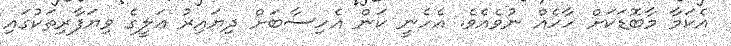
އެކަމާ މާބޮޑަކަށް ހާހެއް ނުވެއެވެ. އެހެނީ ކަން އެހިސާބަށް ދިޔައިރު ޢަލީގެ ވިޔަފާރިތަކުގައި